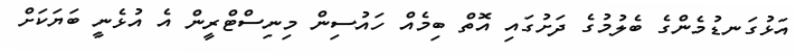
އަޅުގަނޑުމެންގެ ބެލުމުގެ ދަށުގައި އޮތް ބިމެއް ހައުސިން މިނިސްޓްރީން އެ އުޅެނީ ބަޔަކަށް